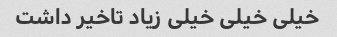
خیلی خیلی خیلی زیاد تاخیر داشت